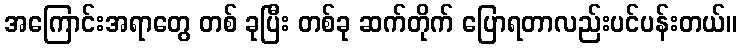
အကြောင်းအရာတွေ တစ် ခုပြီး တစ်ခု ဆက်တိုက် ပြောရတာလည်းပင်ပန်းတယ်။